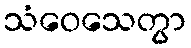
သံဝေသေတွာ